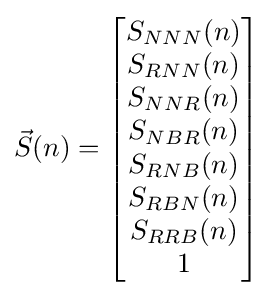
{\vec {S}}(n)={\begin{bmatrix}S_{NNN}(n)\\S_{RNN}(n)\\S_{NNR}(n)\\S_{NBR}(n)\\S_{RNB}(n)\\S_{RBN}(n)\\S_{RRB}(n)\\1\end{bmatrix}}